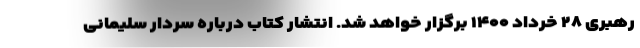
رهبری ۲۸ خرداد ۱۴۰۰ برگزار خواهد شد. انتشار کتاب درباره سردار سلیمانی